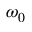
\omega _ { 0 }